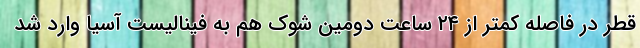
قطر در فاصله کمتر از ۲۴ ساعت دومین شوک هم به فینالیست آسیا وارد شد